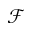
\mathcal { F }